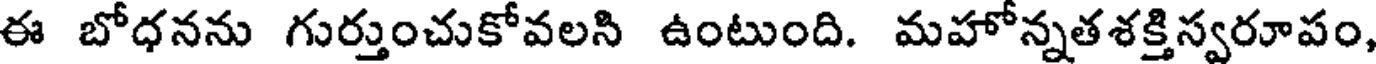
ఈ బోధనను గుర్తుంచుకోవలని ఉంటుంది. మహోన్నతశక్తిస్వరూపం,